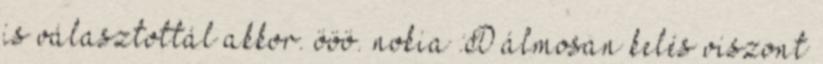
is választottál akkor. ööö. nokia :D álmosan kelés viszont